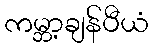
ကမ္ဘာ့ချန်ပီယံ